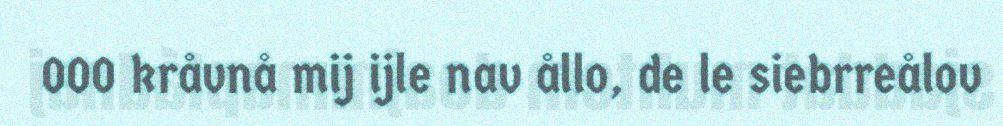
000 kråvnå mij ijle nav ållo, de le siebrreålov